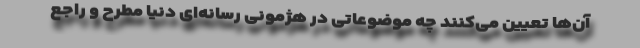
آن‌ها تعیین می‌کنند چه موضوعاتی در هژمونی رسانه‌ای دنیا مطرح و راجع